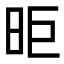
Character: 昛